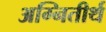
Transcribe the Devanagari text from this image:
अग्नितीर्थ